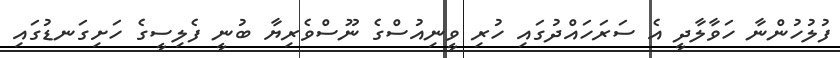
ފުލުހުންނާ ހަވާލާދީ އެ ސަރަހައްދުގައި ހުރި ވީނިއުސްގެ ނޫސްވެރިޔާ ބުނީ ފެލިސީގެ ހަށިގަނޑުގައި